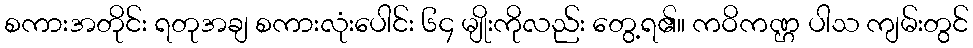
စကားအတိုင်း ရတုအချ စကားလုံးပေါင်း ၆၄ မျိုးကိုလည်း တွေ့ရ၏။ ကဝိကဏ္ဌ ပါသ ကျမ်းတွင်